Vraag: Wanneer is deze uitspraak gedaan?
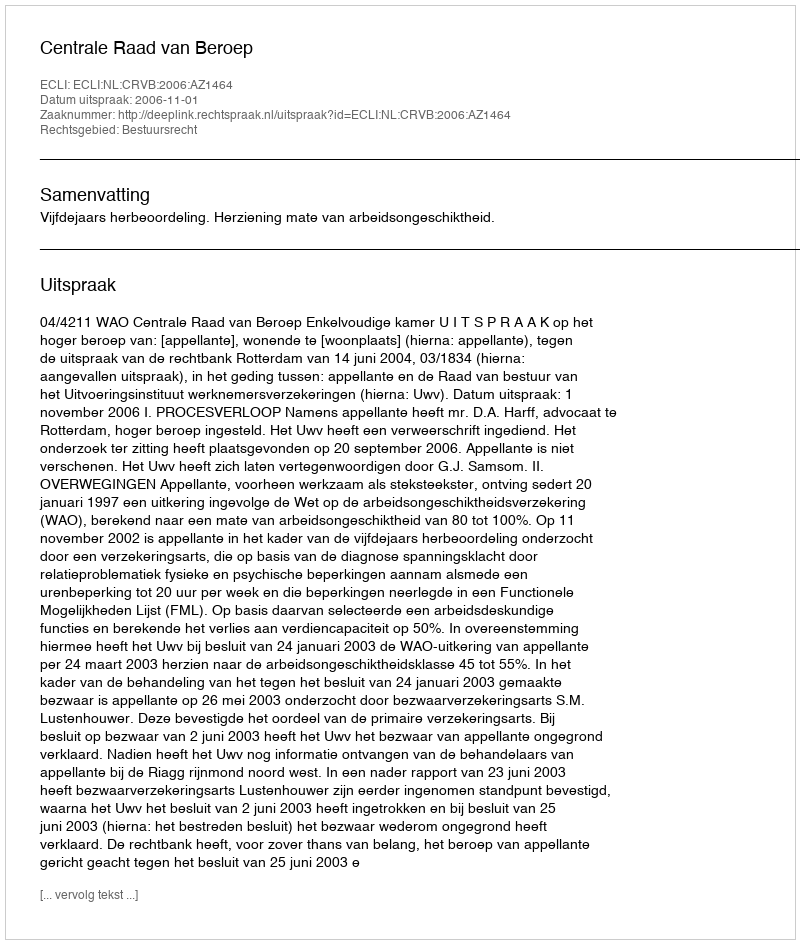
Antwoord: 2006-11-01